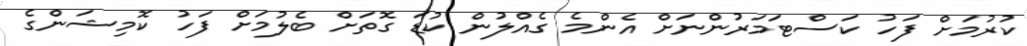
ކުރުމަށް ފަހު ކަސްޓަމަރުންނަށް އެންމެ ގެއްލުން ކުޑަ ގޮތަށް ބެލުމަށް ފަހު ކޮމިޝަންގެ